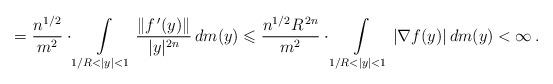
LaTeX: \begin{align*}=\frac{n^{1/2}}{m^2}\cdot\int\limits_{1/R<|y|<1}\frac{\Vert f^{\,\prime}(y)\Vert}{|y|^{2n}}\,dm(y)\leqslant \frac{n^{1/2}R^{\,2n}}{m^2}\cdot\int\limits_{1/R<|y|<1}|\nabla f(y)|\, dm(y)<\infty\,.\end{align*}